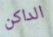
الداكن